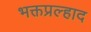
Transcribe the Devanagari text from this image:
भक्तप्रल्हाद